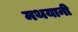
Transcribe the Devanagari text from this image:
मथयानी